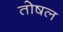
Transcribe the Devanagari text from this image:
तोषल